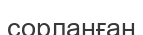
сорланған